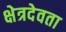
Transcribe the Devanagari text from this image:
क्षेत्रदेवता